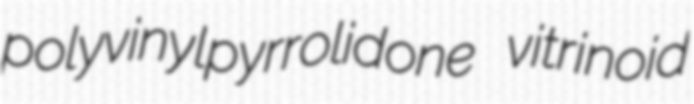
polyvinylpyrrolidone vitrinoid